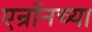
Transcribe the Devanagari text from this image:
एन्रॉनच्या